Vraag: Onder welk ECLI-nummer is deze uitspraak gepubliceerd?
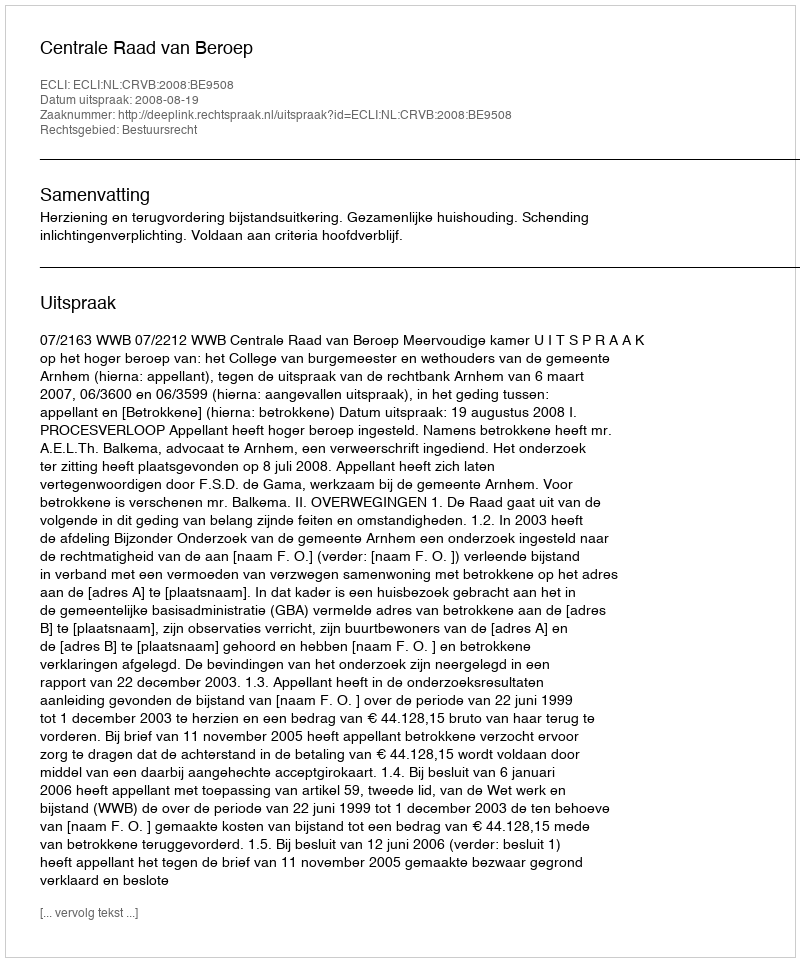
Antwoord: ECLI:NL:CRVB:2008:BE9508